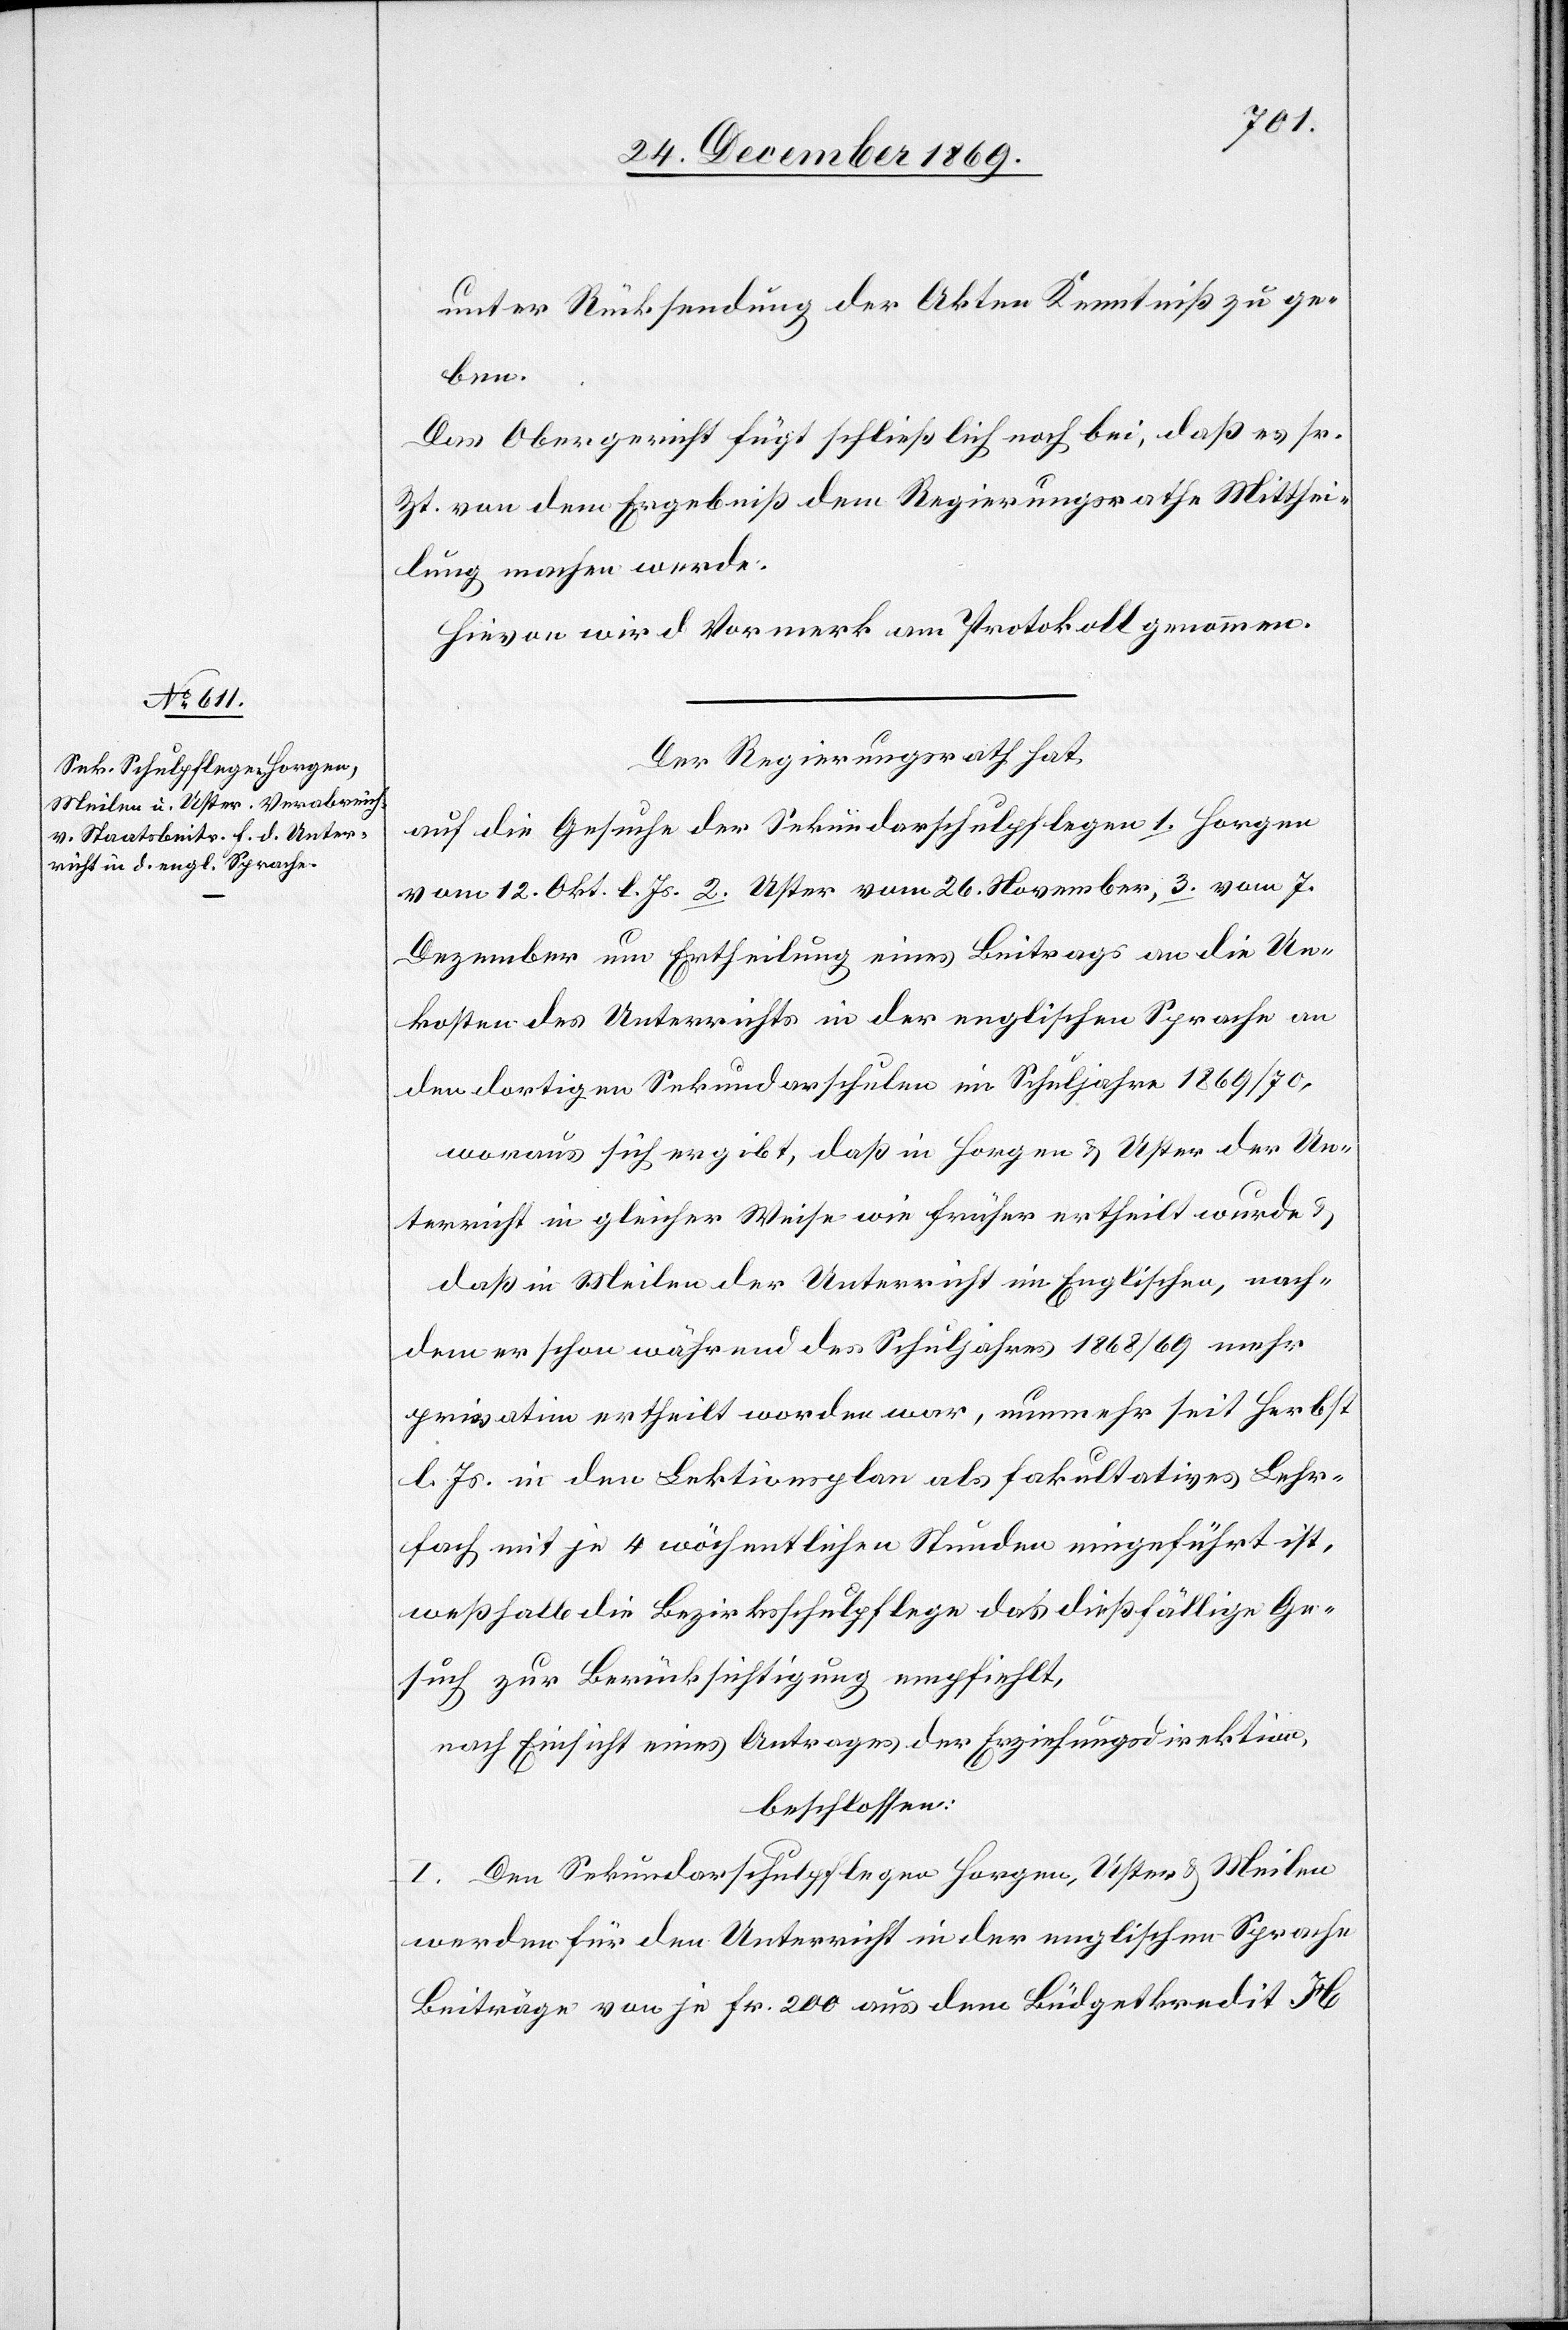
unter Rücksendung der Akten Kenntniß zu ge¬
len]
Das Obergericht fügt schließlich noch bei, daß es sr.
Zt. von dem Ergebniß dem Regierungsrathe Mitthei¬
lung machen werde.
Hievon wird Vormerk am Protokoll genommen.
Der Regierungsrath hat
auf die Gesuche der Sekundarschulpflegen 1. Horgen
vom 12. Okt. l. Js. 2. Uster vom 26. November, 3. [Mei¬
Dezember um Ertheilung eines Beitrags an die Un¬
kosten des Unterrichts in der englischen Sprache an
den dortigen Sekundarschulen im Schuljahre 1869/70,
woraus sich ergibt, daß in Horgen & Uster der Un¬
terricht in gleicher Weise wie früher ertheilt wurde
daß in Meilen der Unterricht im Englischen, nach¬
dem er schon während des Schuljahres 1868/69 mehr
privatim ertheilt worden war, nunmehr seit Herbst
l. Js. in den Lektionsplan als fakultatives Lehr¬
fach mit je 4 wöchentlichen Stunden eingeführt ist,
weßhalb die Bezirksschulpflege das dießfällige Ge¬
such zur Berücksichtigung empfiehlt,
nach Einsicht eines Antrages der Erziehungsdirektion,
beschlossen:
I. Den Sekundarschulpflegen Horgen, Uster & Meilen
werden für den Unterricht in der englischen Sprache
Beiträge von je Fr. 200 aus dem Büdgetkredit H